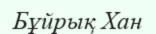
Бұйрық Хан